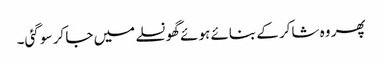
پھر وہ شاکر کے بنائے ہوئے گھونسلے میں جا کر سو گئی۔